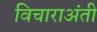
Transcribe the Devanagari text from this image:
विचाराअंती